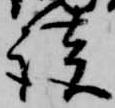
談